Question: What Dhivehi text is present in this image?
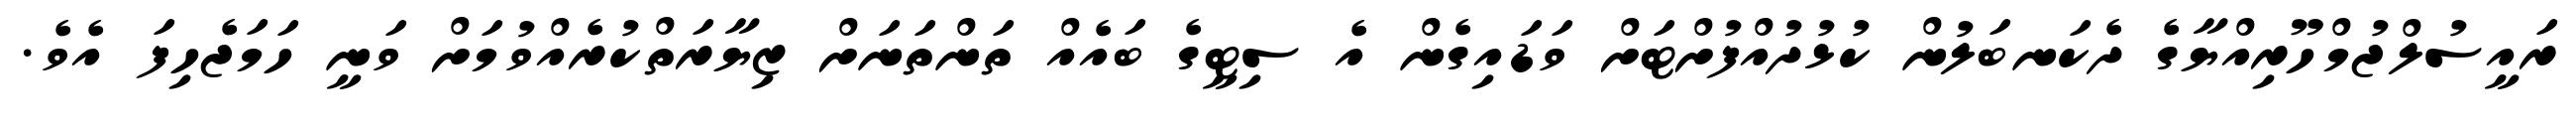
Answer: ރައީސުލްޖުމްހޫރިއްޔާގެ ދެކަނބަލުން ކުޅުދުއްފުށްޓަށް ވަޑައިގެން އެ ސިޓީގެ ބައެއް ތަންތަނަށް ޒިޔާރަތްކުރެއްވުމަށް ވަނީ ހަމަޖެހިފަ އެވެ.